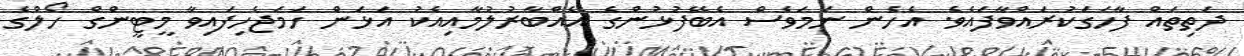
ދަތިތައް ފާހަގަކުރައްވާފައެވެ. އެހެން ނަމަވެސް އެބޭފުޅުންގެ އެއްބާރުލުމާއިއެކު އަޅަން ހަމަޖެހިފައިވާ މީޓީންގް ހޯލްގެ